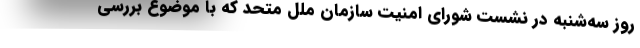
روز سه‌شنبه در نشست شورای امنیت سازمان ملل متحد که با موضوع بررسی